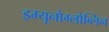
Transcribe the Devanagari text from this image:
इम्यूनोग्लोब्लिन